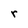
Character: r